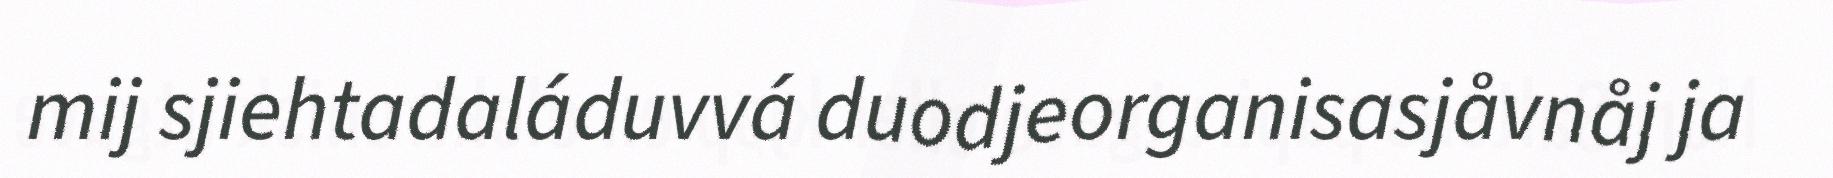
mij sjiehtadaláduvvá duodjeorganisasjåvnåj ja